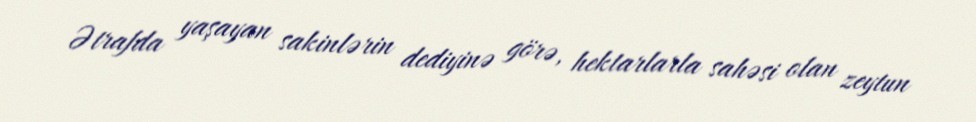
Ətrafda yaşayan sakinlərin dediyinə görə, hektarlarla sahəsi olan zeytun